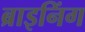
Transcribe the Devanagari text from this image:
ब्राइनिंग